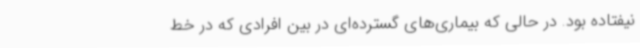
نیفتاده بود. در حالی که بیماری‌های گسترده‌ای در بین افرادی که در خط